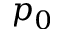
p _ { 0 }